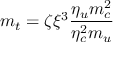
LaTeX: m _ { t } = \zeta \xi ^ { 3 } \frac { \eta _ { u } m _ { c } ^ { 2 } } { \eta _ { c } ^ { 2 } m _ { u } }